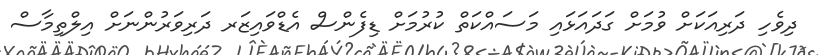
ދިވެހި ދަރިއަކަށް ވުމަށް ގަދައަޅައި މަސައްކަތް ކުރުމަށް ޑިފެންސް އެޑްވައިޒަރ ދަރިވަރުންނަށް އިލްތިމާސް